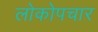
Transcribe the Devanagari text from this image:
लोकोपचार